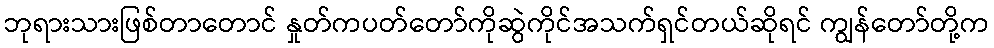
ဘုရားသားဖြစ်တာတောင် နှုတ်ကပတ်တော်ကိုဆွဲကိုင်အသက်ရှင်တယ်ဆိုရင် ကျွန်တော်တို့က